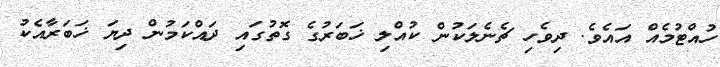
ހުއްޓުމެއް އައެވެ. ދިވެހި ޗެނެލަކުން ކުއްލި ޚަބަރުގެ ގޮތުގައި ދައްކަމުން ދިޔަ ޚަބަރާއެކު